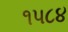
૧૫૮૪